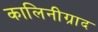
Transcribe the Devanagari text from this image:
कालिनीग्राद